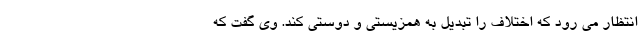
انتظار می رود که اختلاف را تبدیل به همزیستی و دوستی کند. وی گفت که